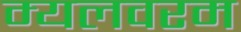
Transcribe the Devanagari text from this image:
म्यलवरम